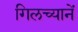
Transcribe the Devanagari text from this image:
गिलच्यानें